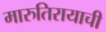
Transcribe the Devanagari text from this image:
मारुतिरायाची